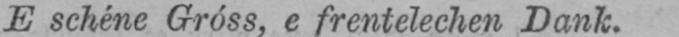
E schéne Gróss, e frentelechen Dank.